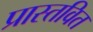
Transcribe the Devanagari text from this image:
प्रास्तवित